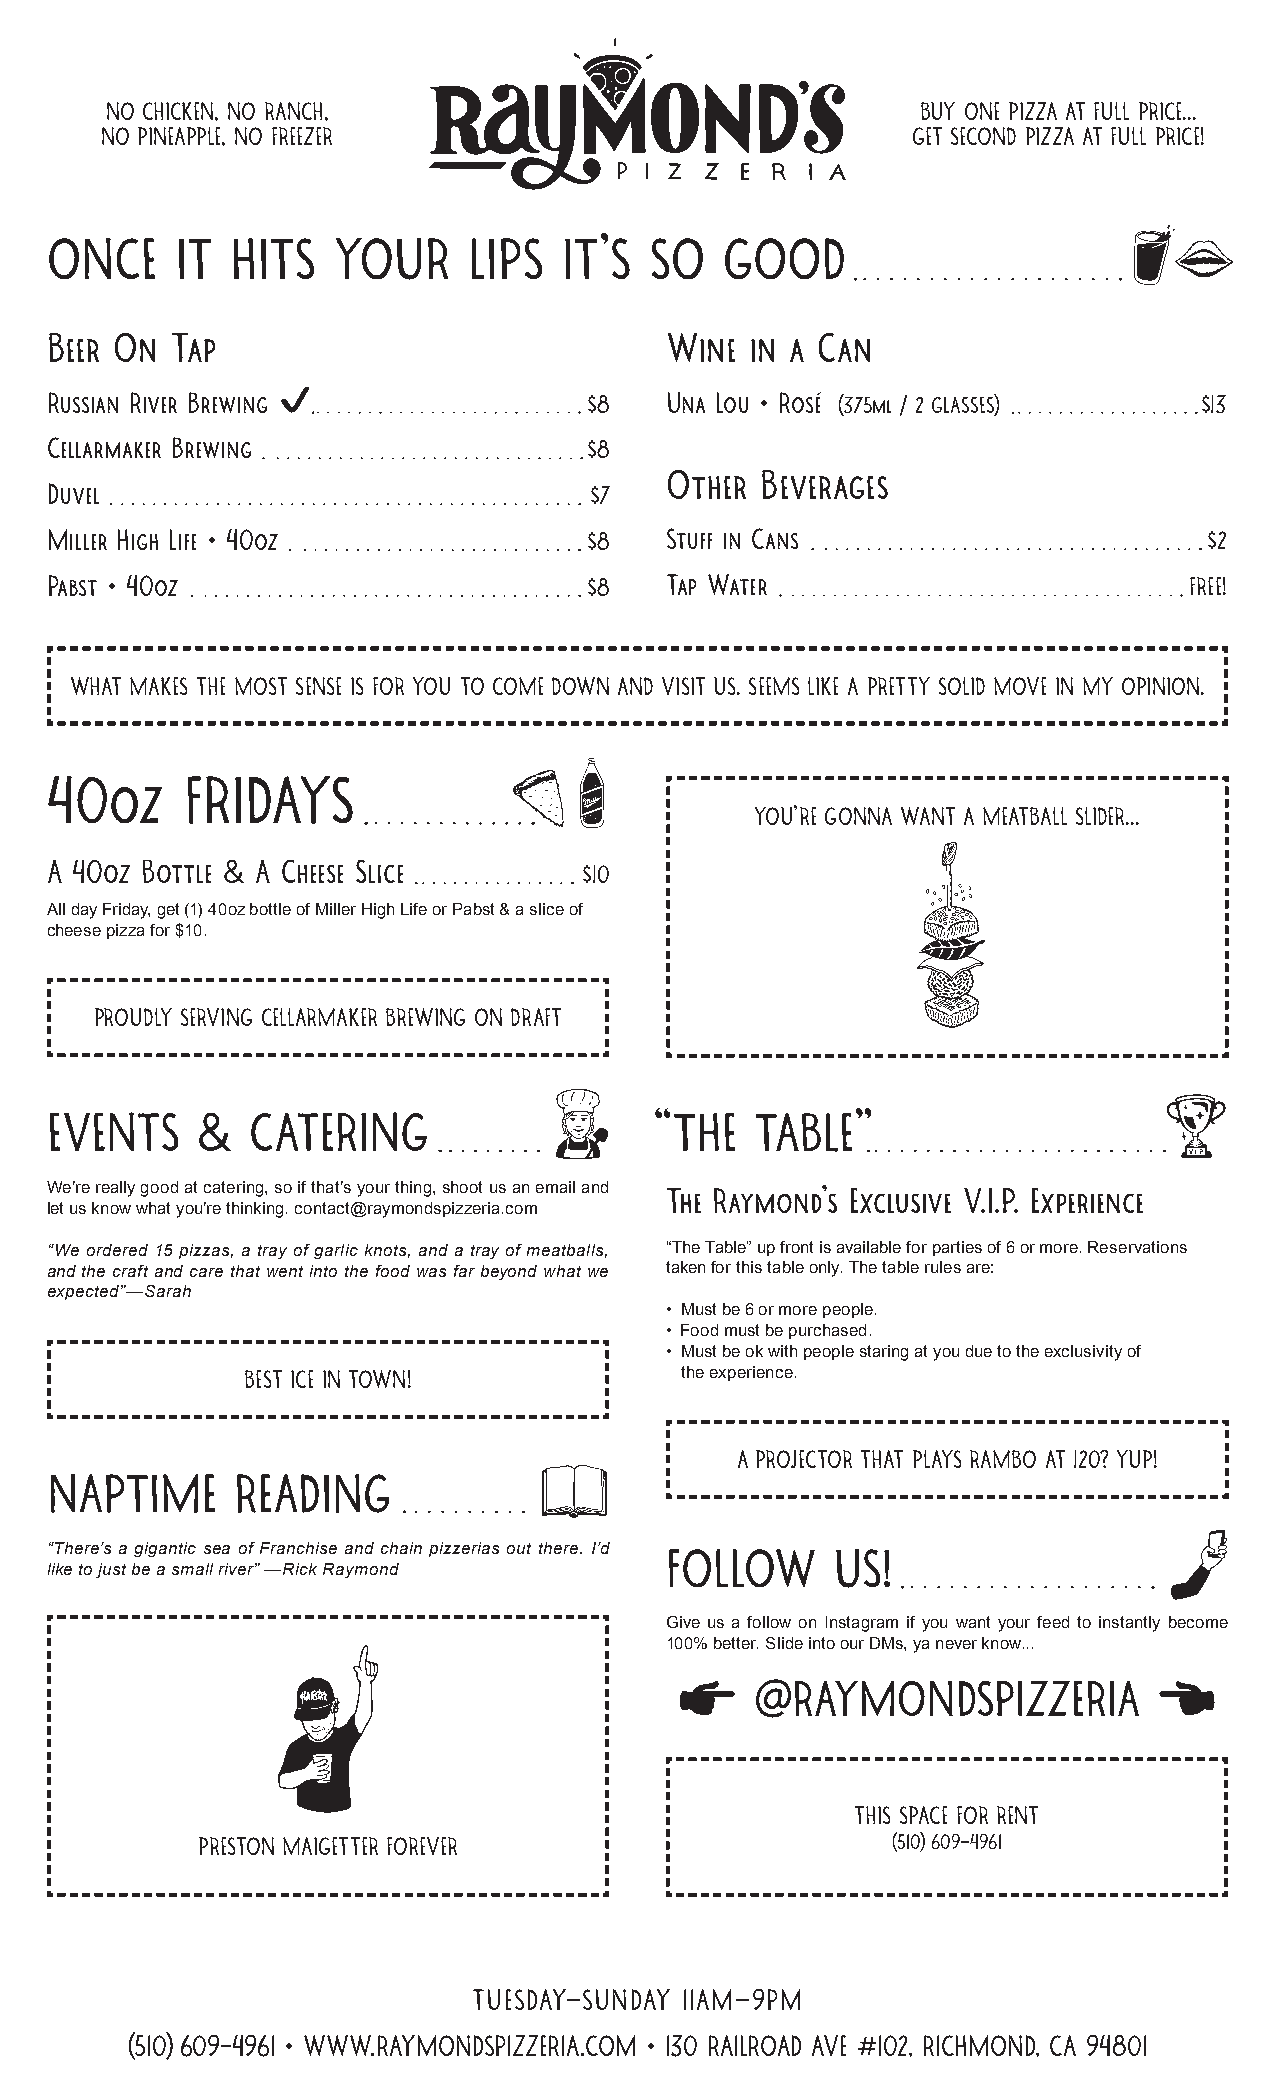
NO CHICKEN, NO RANCH,                                 BUY ONE PIZZA AT FULL PRICE...
 NO PINEAPPLE, NO FREEZER                             GET SECOND PIZZA AT FULL PRICE!
 ONCE     IT HITS   YOUR     LIPS  IT’S  SO   GOOD
 Beer On Tap                              Wine  in a Can
 Russian River Brewing               $8   Una Lou • Rosé (375ml / 2 GLASSES)  $13
 Cellarmaker Brewing                 $8
 Other Beverages
 Duvel                               $7
 Miller High Life • 40oz             $8   Stuff in Cans                       $2
 Pabst • 40oz                        $8   Tap Water                          FREE!
 WHAT MAKES THE MOST SENSE IS FOR YOU TO COME DOWN AND VISIT US. SEEMS LIKE A PRETTY SOLID MOVE IN MY OPINION.
 40oz     FRIDAYS
 YOU’RE GONNA WANT A MEATBALL SLIDER...
 A 40oz Bottle & A Cheese Slice
 $10
 All day Friday, get (1) 40oz bottle of Miller High Life or Pabst & a slice of
 cheese pizza for $10.
 PROUDLY SERVING CELLARMAKER BREWING ON DRAFT
 EVENTS    &  CATERING                   “THE   TABLE”
 We’re really good at catering, so if that’s your thing, shoot us an email and The Raymond’s Exclusive V.I.P. Experience
 let us know what you’re thinking. contact@raymondspizzeria.com
 “We ordered 15 pizzas, a tray of garlic knots, and a tray of meatballs, “The Table” up front is available for parties of 6 or more. Reservations
 and the craft and care that went into the food was far beyond what we taken for this table only. The table rules are:
 expected”—Sarah
 • Must be 6 or more people.
 • Food must be purchased.
 • Must be ok with people staring at you due to the exclusivity of
 BEST ICE IN TOWN!            the experience.
 A PROJECTOR THAT PLAYS RAMBO AT 120? YUP!
 NAPTIME     READING
 “There’s a gigantic sea of Franchise and chain pizzerias out there. I’d FOLLOW US!
 like to just be a small river” —Rick Raymond
 Give us a follow on Instagram if you want your feed to instantly become
 100% better. Slide into our DMs, ya never know...
 @RAYMONDSPIZZERIA
 THIS SPACE FOR RENT
 PRESTON MAIGETTER FOREVER                     (510) 609-4961
 TUESDAY–SUNDAY 11AM–9PM
 (510) 609-4961 • WWW.RAYMONDSPIZZERIA.COM • 130 RAILROAD AVE #102, RICHMOND, CA 94801